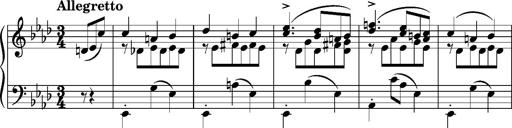
Title: Album-Leaf "Portugal", S.166b
Composer: Franz Liszt
Key: A-flat major